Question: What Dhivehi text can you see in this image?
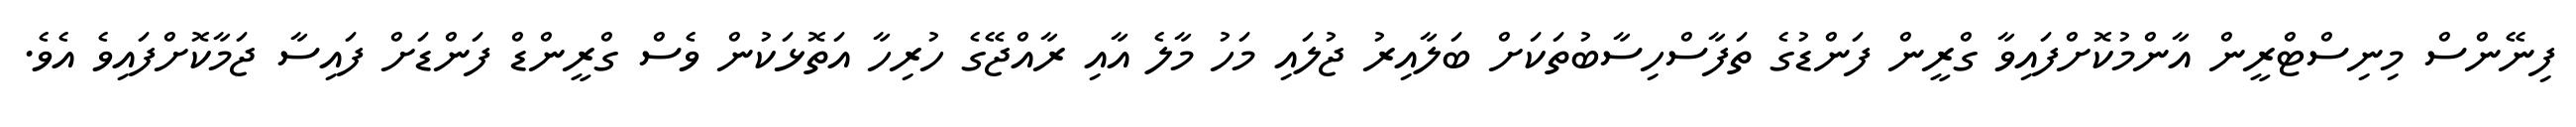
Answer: ފިނޭންސް މިނިސްޓްރީން އާންމުކޮށްފައިވާ ގްރީން ފަންޑުގެ ތަފާސްހިސާބުތަކަށް ބަލާއިރު ޖުލައި މަހު މާލެ އާއި ރާއްޖޭގެ ހުރިހާ އަތޮޅަކުން ވެސް ގްރީންޑް ފަންޑަށް ފައިސާ ޖަމާކޮށްފައިވެ އެވެ.